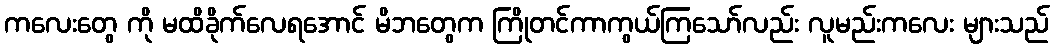
ကလေးတွေ ကို မထိခိုက်လေရအောင် မိဘတွေက ကြိုတင်ကာကွယ်ကြသော်လည်း လူမည်းကလေး များသည်